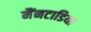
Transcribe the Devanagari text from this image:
मैंनटाडिया